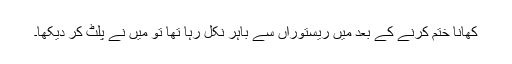
کھانا ختم کرنے کے بعد میں ریستوراں سے باہر نکل رہا تھا تو میں نے پلٹ کر دیکھا۔